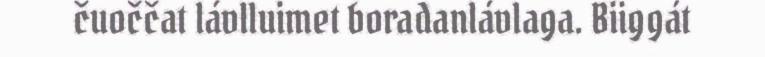
čuoččat lávlluimet boradanlávlaga. Biiggát